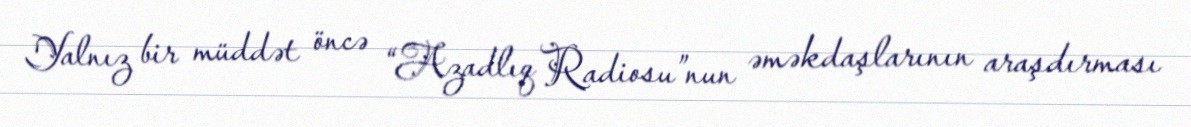
Yalnız bir müddət öncə “Azadlıq Radiosu”nun əməkdaşlarının araşdırması